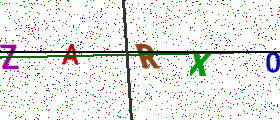
Text: ZARX0